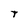
Character: t